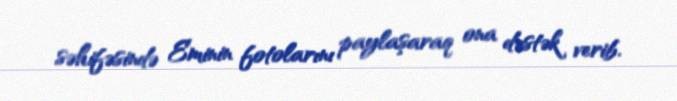
səhifəsində Eminin fotolarını paylaşaraq ona dəstək verib.